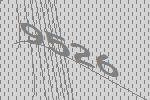
9526